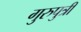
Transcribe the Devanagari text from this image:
गुरुपुत्री